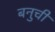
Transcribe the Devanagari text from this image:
बनुची